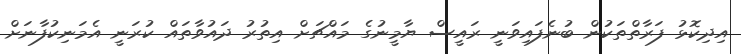
އިދިކޮޅު ފަރާތްތަކުން ބުނެފައިވަނީ ރައީސް ޔާމީނުގެ މައްޗަށް އިތުރު ދައުވާތައް ކުރަނީ އެމަނިކުފާނަށް